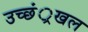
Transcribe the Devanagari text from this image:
उच्छं्रखल